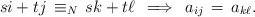
LaTeX: \begin{align*}si + tj \,\equiv_N\, sk + t\ell \,\implies\, a_{ij} \,=\, a_{k\ell}. \end{align*}